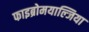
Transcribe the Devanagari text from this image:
फाइब्रोमयाल्जिया